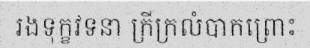
រងទុក្ខវទនា ក្រីក្រលំបាកព្រោះ